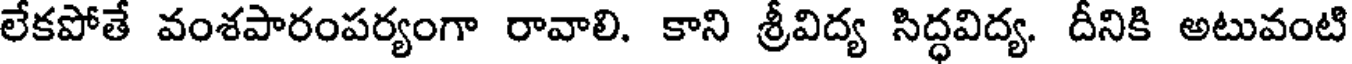
లేకపోతే వంశపారంపర్యంగా రావాలి. కాని శ్రీవిద్య సిద్ధవిద్య. దీనికి అటువంటి